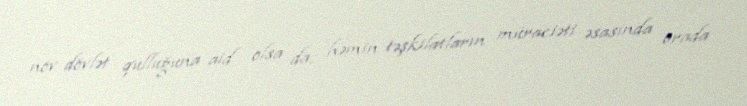
növ dövlət qulluğuna aid olsa da, həmin təşkilatların müraciəti əsasında orada